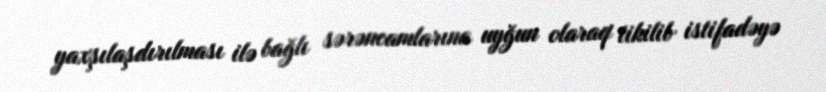
yaxşılaşdırılması ilə bağlı sərəncamlarına uyğun olaraq tikilib istifadəyə